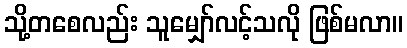
သို့တစေလည်း သူမျှော်လင့်သလို ဖြစ်မလာ။